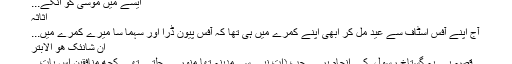
ایسے میں موسٰیؑ کو انکے...
اثاثہ
آج اپنے آفس اسٹاف سے عید مل کر ابھی اپنے کمرے میں ہی تھا کہ آفس پیون ڈرا اور سہما سا میرے کمرے میں...
ان شانئک ھو الابتر
قصہ ہے یہ گستاخِ رسول ؐ کے انجام پر ... جب ذات نبی ؐ سےمدینہ تھا منور ... جلتے تھے کچھ منافقین اس بات...